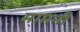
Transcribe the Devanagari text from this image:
मामनी